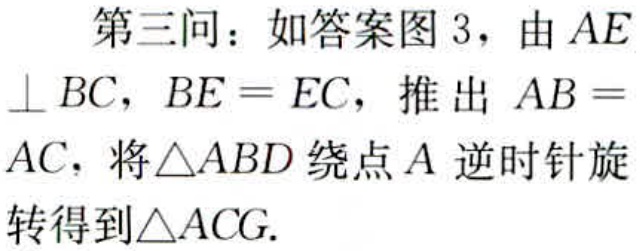
第三问：如答案图 3，由 \(AE\perp BC\)，\(BE = EC\)，推出 \(AB = AC\)，将\(\triangle ABD\)绕点 \(A\) 逆时针旋转得到\(\triangle ACG\).